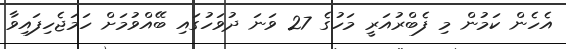
އެހެން ކަމުން މި ފެބްރުއަރީ މަހުގެ 27 ވަނަ ދުވަހުގައި ބޭއްވުމަށް ހަމަޖެހިފައިވާ